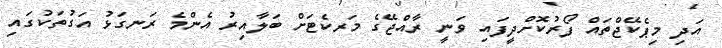
އަދި މިޕެކޭޖްތައް ފޯރުކޮށްދީފައި ވަނީ ރާއްޖޭގެ މަރކެޓަށް ބަލާއިރު އެންމެ ރަނގަޅު އަގުތަކުގައި